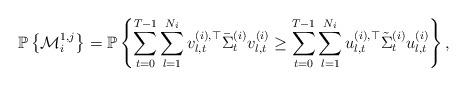
LaTeX: \begin{align*}\mathbb{P}\left\{\mathcal{M}_i^{1, j}\right\}&= \mathbb{P}\left\{\sum_{t=0}^{T-1}\sum_{l=1}^{{N_i}} v^{(i),\top}_{l,t}\bar{\Sigma}^{(i)}_tv^{(i)}_{l,t} \geq \sum_{t=0}^{T-1}\sum_{l=1}^{{N_i}} u^{(i),\top}_{l,t}\Tilde{\Sigma}^{(i)}_t u^{(i)}_{l,t} \right\},\end{align*}